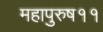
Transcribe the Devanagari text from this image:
महापुरुष११